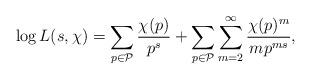
LaTeX: \begin{align*}\log L(s,\chi)=\sum_{p\in\mathcal{P}}\frac{\chi(p)}{p^s}+\sum_{p\in\mathcal{P}}\sum_{m=2}^\infty\frac{\chi(p)^m}{mp^{ms}},\end{align*}